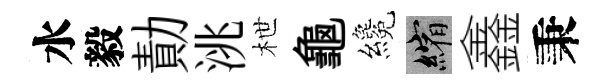
水毅勣洮枻龜纔縮鑫秉